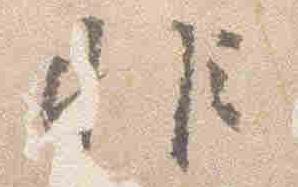
非